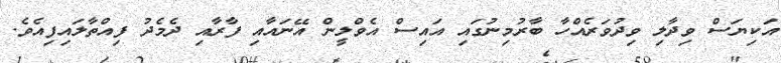
އަކިޔަސް ވިދާލި ވިދުވަރެއްހާ ބާރުމިނުގައި އައިސް އެވްލީން އޭނައާއި ފާރާއި ދެމެދު ފިއްތާލައިފިއެވެ.